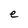
Character: e